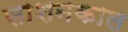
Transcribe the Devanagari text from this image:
साशनकाल